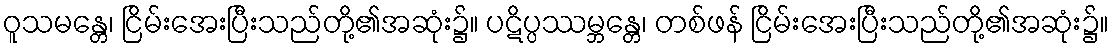
ဝူသမန္တေ၊ ငြိမ်းအေးပြီးသည်တို့၏အဆုံး၌။ ပဋိပ္ပဿမ္ဘန္တေ၊ တစ်ဖန် ငြိမ်းအေးပြီးသည်တို့၏အဆုံး၌။